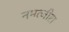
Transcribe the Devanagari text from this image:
नमत्जीरा